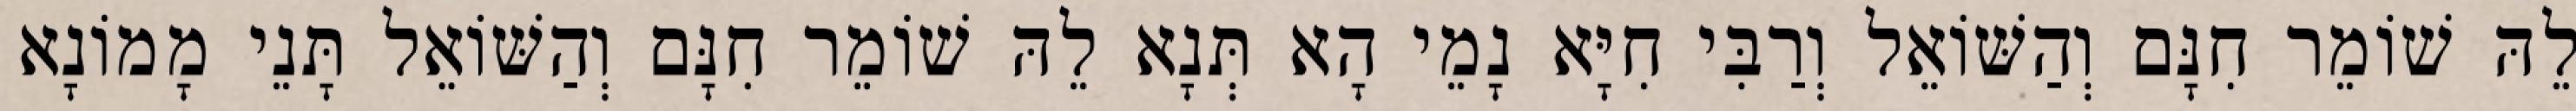
לֵהּ שׁוֹמֵר חִנָּם וְהַשּׁוֹאֵל וְרַבִּי חִיָּא נָמֵי הָא תְּנָא לֵהּ שׁוֹמֵר חִנָּם וְהַשּׁוֹאֵל תָּנֵי מָמוֹנָא